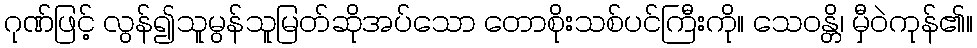
ဂုဏ်ဖြင့် လွန်၍သူမွန်သူမြတ်ဆိုအပ်သော တောစိုးသစ်ပင်ကြီးကို။ သေဝန္တိ၊ မှီဝဲကုန်၏။